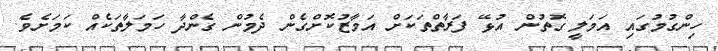
ހިންގުމުގައި އަމަލީ ގޮތުން އުޅޭ ފަރާތްތަކަށް އަމާޒުކޮށްގެން ދެމުން ގެންދާ ހަމަލާތަކެއް ކަމަށެވެ.